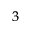
^ 3